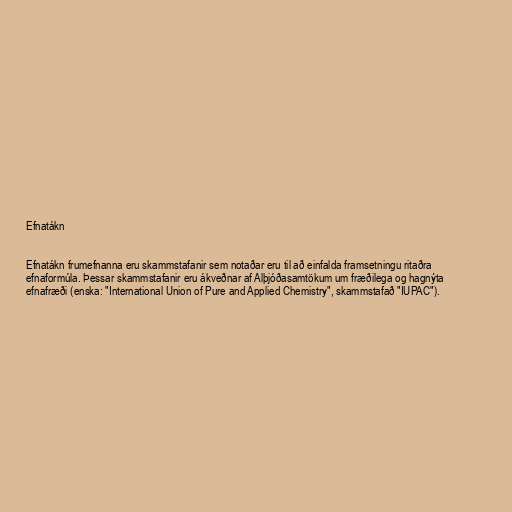
Efnatákn

Efnatákn frumefnanna eru skammstafanir sem notaðar eru til að einfalda framsetningu ritaðra
efnaformúla. Þessar skammstafanir eru ákveðnar af Alþjóðasamtökum um fræðilega og hagnýta
efnafræði (enska: "International Union of Pure and Applied Chemistry", skammstafað "IUPAC").